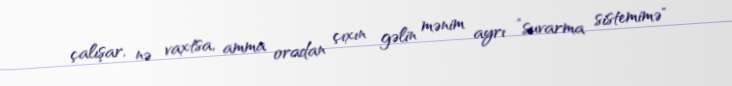
çalışar, nə vaxtsa, amma oradan çıxın gəlin mənim ayrı ”suvarma sistemimə"